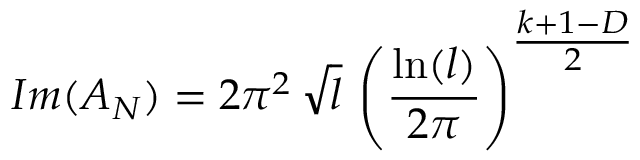
I m ( A _ { N } ) = 2 \pi ^ { 2 } \, \sqrt { l } \, \left( \frac { \ln ( l ) } { 2 \pi } \right) ^ { { \textstyle \frac { k + 1 - D } { 2 } } }